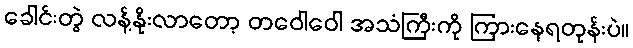
ခေါင်းတွဲ လန့်နိုးလာတော့ တဝေါဝေါ အသံကြီးကို ကြားနေရတုန်းပဲ။